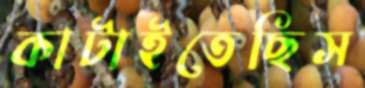
কাটাইতেছিস